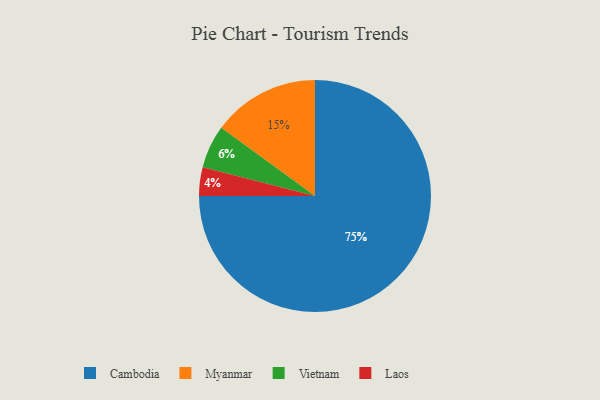
{"axis": {"x": "Category", "y": "Percentage"}, "legend": ["Cambodia", "Laos", "Myanmar", "Vietnam"], "data": [{"x": "Vietnam", "y": 6, "type": "Vietnam"}, {"x": "Laos", "y": 4, "type": "Laos"}, {"x": "Myanmar", "y": 15, "type": "Myanmar"}, {"x": "Cambodia", "y": 75, "type": "Cambodia"}]}